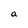
Character: a